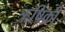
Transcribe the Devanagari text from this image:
ऋषिकी